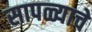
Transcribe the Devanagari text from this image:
सापळ्याचे